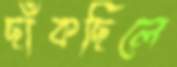
ছাঁকছিলে